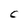
Character: C